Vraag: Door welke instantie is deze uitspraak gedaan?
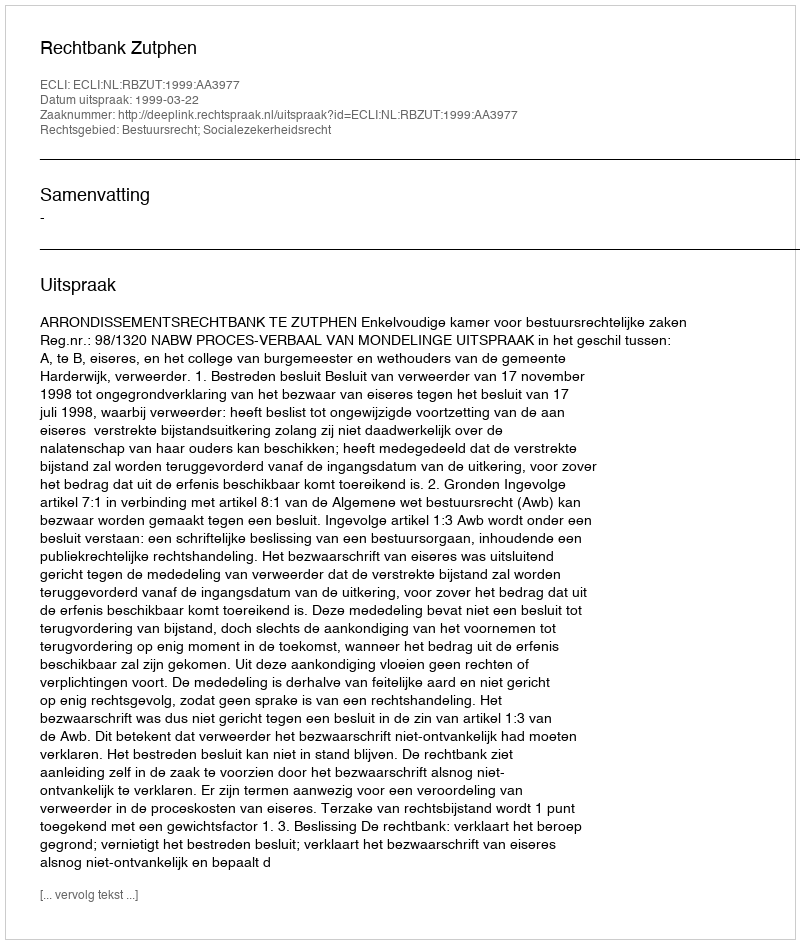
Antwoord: Rechtbank Zutphen